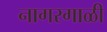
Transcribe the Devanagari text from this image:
नागरगाळी